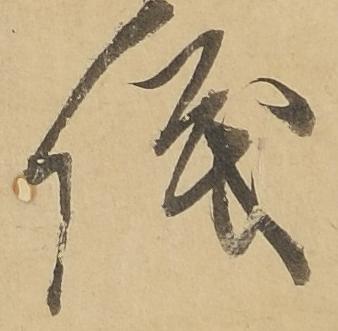
儀